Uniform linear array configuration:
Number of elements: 24
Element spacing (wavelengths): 0.75
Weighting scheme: exponential
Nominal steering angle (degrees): -60
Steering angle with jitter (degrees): -59.075
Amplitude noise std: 0.05
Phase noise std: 0.05

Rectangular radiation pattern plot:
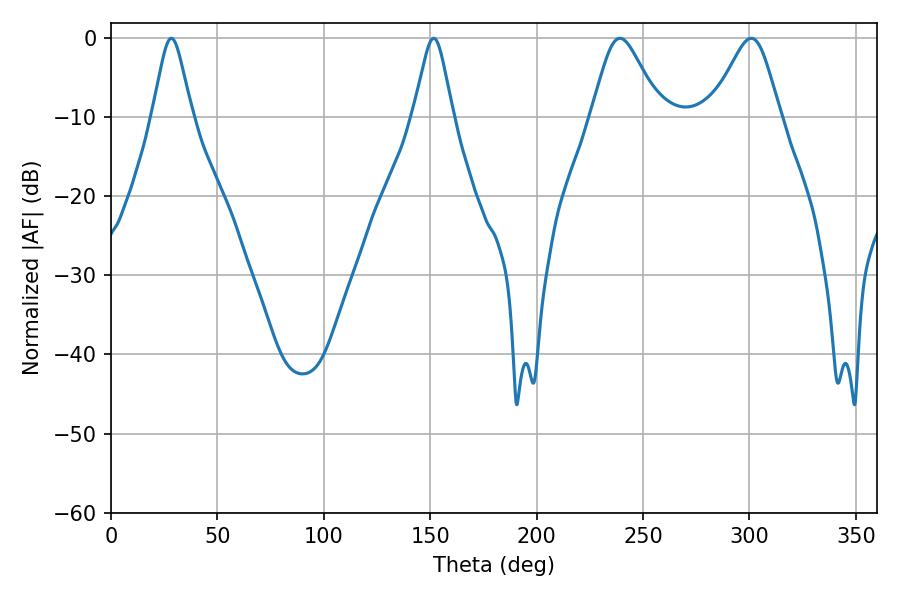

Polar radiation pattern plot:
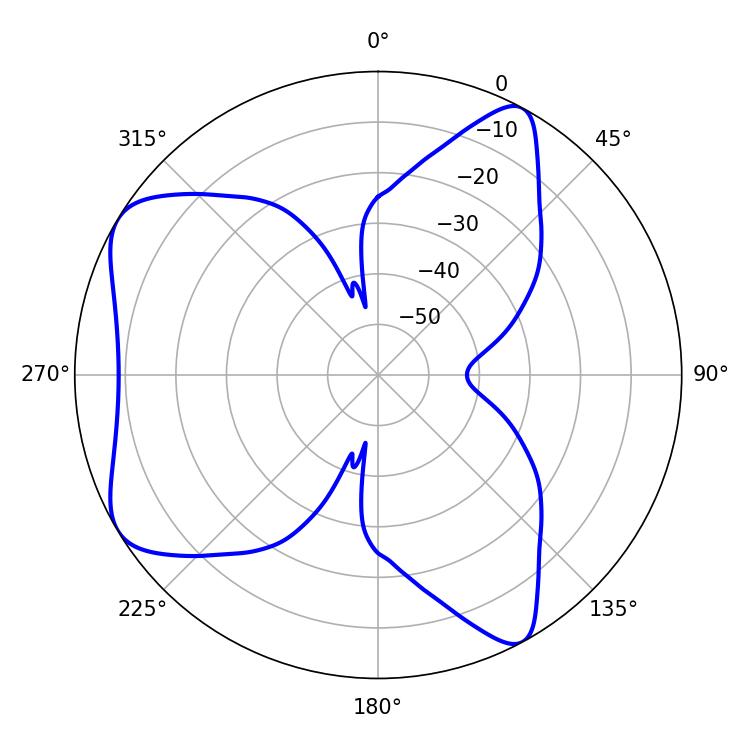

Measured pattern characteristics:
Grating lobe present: TRUE
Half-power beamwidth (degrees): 15.66
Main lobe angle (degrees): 239.22